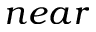
n e a r